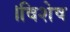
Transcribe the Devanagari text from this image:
।विशेष